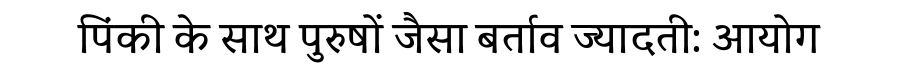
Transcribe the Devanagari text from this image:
पिंकी के साथ पुरुषों जैसा बर्ताव ज्यादती: आयोग